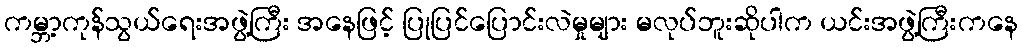
ကမ္ဘာ့ကုန်သွယ်ရေးအဖွဲ့ကြီး အနေဖြင့် ပြုပြင်ပြောင်းလဲမှုများ မလုပ်ဘူးဆိုပါက ယင်းအဖွဲ့ကြီးကနေ